Vaccination in Bombay 1874-1876 - 1874-1876
Year: 1874
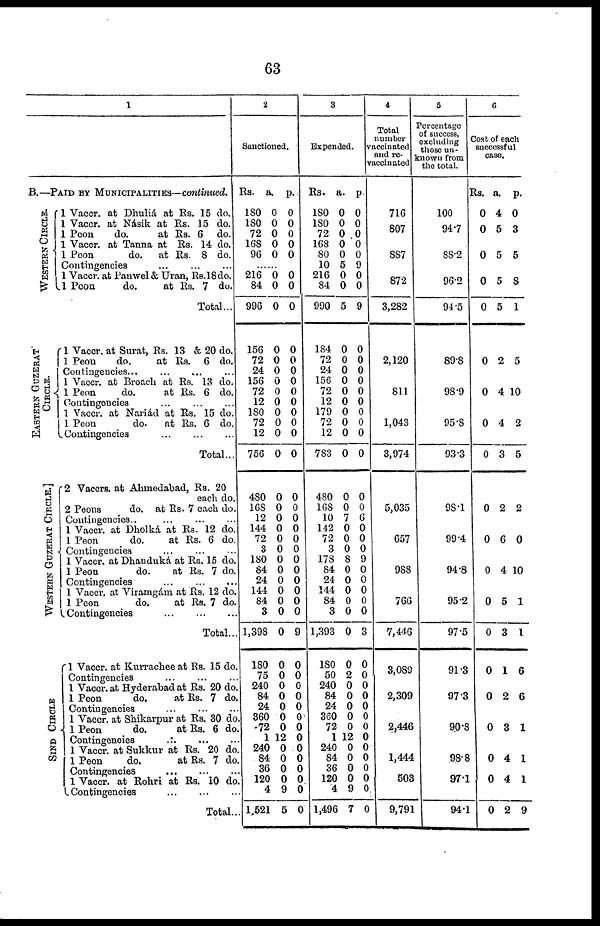
63
1
B.—PAID BY MUNICIPALITIES—contintied.
WESTERN CIRCLE.
EASTERN GUZERAT
CIRCLE.
WESTERN GUZERAT CIRCLE.
SIND CIRCLE
1 Vaccr. at Dhuliá at Rs. 15 do.
1 Vaccr. at Násik at Rs. 15 do.
1 Peon
do.
at Rs. 6 do.
1 Vaccr. at Tanna at Rs. 14 do.
1 Peon
do.
at Rs. 8 do.
Contingencies ... ... ...
1 Vaccr. at Panwel & Uran, Rs. 18 do.
1 Peon
do.
at Rs. 7 do.
Total...
1 Vaccr. at Surat, Rs. 13 & 20 do.
1 Peon
do.
at Rs. 6 do.
Contingencies... ... ... ...
1 Vaccr. at Broach at Rs. 13 do.
1 Peon
do.
at Es. 6 do.
Contingencies
...
...
...
1 Vaccr. at Noriád at Es. 15 do.
1 Peon
do.
at Rs. 6 do.
Contingencies
...
...
...
Total...
2 Vaccrs. at Ahmedabad, Rs. 20
each do.
2 Peons
do. at Rs. 7 each do.
Contingencies..
1 Vaccr. at Dholká, at Rs. 12 do.
1 Peon
do.
at Rs. 6 do.
Contingencies
...
...
...
1 Vaccr. at Dhanduká at Rs. 15 do.
1 Peon
do.
at Rs. 7 do.
Contingencies
...
...
...
1 Vaccr. at Viramgám at Rs. 12 do.
1 Peon
do.
at Rs. 7 do.
Contingencies
...
...
...
Total..
1 Vaccr. at Kurrachee at Rs. 15 do.
Contingencies ... ... ...
1 Vaccr. at Hyderabad at Rs. 20 do.
1 Peon
do.
at Rs. 7 do
Contingencies ... ... ...
1 Vaccr. at Shikarpur at Rs. 30 do.
1 Peon
do.
at Rs. 6 do
Contingencies ... ... ...
1 Vaccr. at Sukkur at Rs. 20 do
1 Peon
do.
at Rs. 7 do
Contingencies ... ... ...
1 Vaccr. at Rohri at Rs. 10 do.
Contingencies
...
...
...
Total..
2
Sanctioned.
Rs.
180
180
72
168
96
a.
0
0
0
0
0
p.
0
0
0
0
0
......
216
84
996
156
72
24
156
72
12
180
72
12
756
480
168
12
144
72
3
180
84
24
144
84
3
1,398
180
75
240
84
24
360
72
1
240
84
36
120
4
1,521
0
0
0
0
0
0
0
0
0
0
0
0
0
0
0
0
0
0
0
0
0
0
0
0
0
0
0
0
0
0
0
0
0
12
0
0
0
0
9
5
0
0
0
0
0
0
0
0
0
0
0
0
0
0
0
0
0
0
0
0
0
0
0
0
0
9
0
0
0
0
0
0
0
0
0
0
0
0
0
0
3
Expended.
Rs.
180
180
72
168
80
10
216
84
990
184
72
24
156
72
12
179
72
12
783
480
168
10
142
72
3
178
84
24
144
84
3
1,393
180
50
240
84
24
360
72
1
240
84
36
120
4
1,496
a.
0
0
0
0
0
5
0
0
5
0
0
0
0
0
0
0
0
0
0
0
0
7
0
0
0
8
0
0
0
0
0
0
0
2
0
0
0
0
0
12
0
0
0
0
9
7
p.
0
0
0
0 0
9
0
0
9
0
0
0
0
0
0
0
0
0
0
0
0
6
0
0
0
9
0
0
0
0
0
3
0
0
0
0
0
0
0
0
0
0
0
0
0
0
4
Total
number
accinated
and re-
accinated
716
807
887
872
3,282
2,120
811
1,043
3,974
5,035
657
988
766
7,446
3,089
2,309
2,446
1,444
503
9,791
5
Percentage
of success,
excluding
those un-
til own from
the total.
100
94.7
88.2
96.2
94.5
89.8
98.9
95.8
93.3
98.1
99.4
94.8
95.2
97.5
91.3
97.3
90.8
98.8
97.1
94.1
6
Cost of each
successful
case.
Rs.
0
0
0
0
0
0
0
0
0
0
0
0
0
0
0
0
0
0
0
0
a.
4
5
5
5
5
2
4
4
3
2
6
4
5
3
1
2
3
4
4
2
p.
0
3
5
8
1
5
10
2
5
2
0
10
1
1
6
6
1
1
1
9